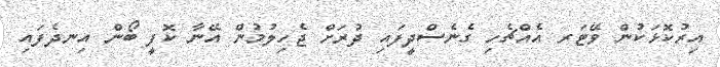
އިރުކޮޅަކުން ވޭޓަރ އެއްޗެހި ގެނެސްދީފައި ދުރަށް ޖެހިލުމުން އޭނާ ކޮފީ ބޯން އިނދެފައި